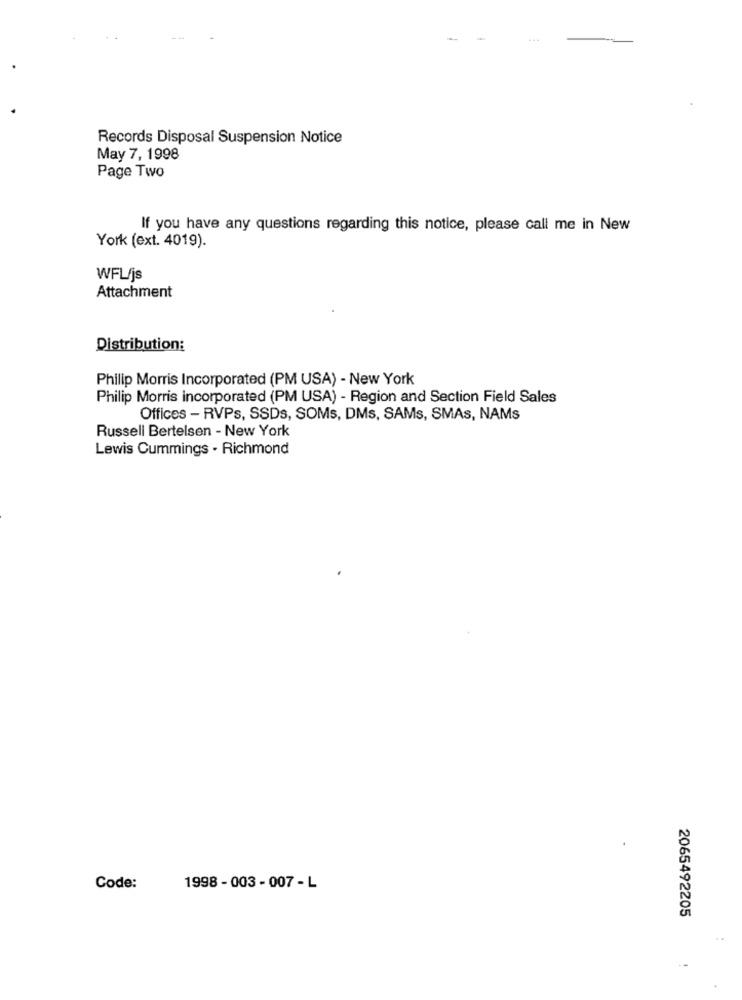
Records Disposal Suspension Notice
May 7, 1998
Page Two
If you have any questions regarding this notice, please call me in New
York (ext. 4019).
WFL/js
Attachment
Distribution:
Philip Morris Incorporated (PM USA) - New York
Philip Morris incorporated (PM USA) - Region and Section Field Sales
Offices - RVPs, SSDs, SOMs, DMS, SAMs, SMAs, NAMs
Russell Bertelsen - New York
Lewis Cummings . Richmond
Code:
1998 - 003 - 007 - L
2065492205